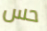
حس